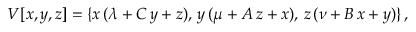
V [ x , y , z ] = \{ x \, ( \lambda + C \, y + z ) , \, y \, ( \mu + A \, z + x ) , \, z \, ( \nu + B \, x + y ) \} \, ,